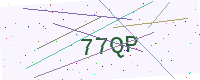
Text: 77QP